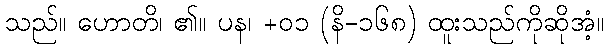
သည်။ ဟောတိ၊ ၏။ ပန၊ +၀၁ (နိ-၁၆၈) ထူးသည်ကိုဆိုအံ့။